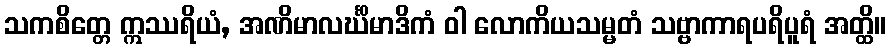
သကစိတ္တေ ဣဿရိယံ, အဏိမာလင်္ဃိမာဒိကံ ဝါ လောကိယသမ္မတံ သဗ္ဗာကာရပရိပူရံ အတ္ထိ။